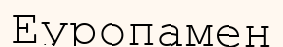
Еуропамен